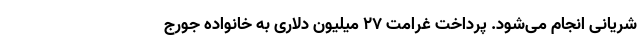
شریانی انجام می‌شود. پرداخت غرامت 27 میلیون دلاری به خانواده جورج